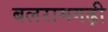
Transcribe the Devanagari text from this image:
बलरामगढ़ी